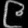
Digit: ၉